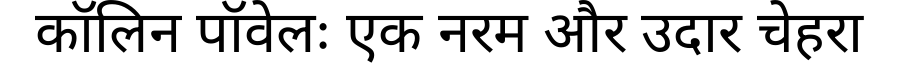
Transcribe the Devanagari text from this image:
कॉलिन पॉवेलः एक नरम और उदार चेहरा